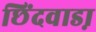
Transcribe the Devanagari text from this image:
छिंदवाडा़